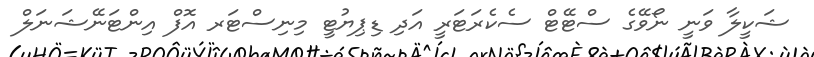
ޝަކީލާ ވަނީ ނޯވޭގެ ސްޓޭޓް ސެކެރަޓަރީ އަދި ޑިޕިޔުޓީ މިނިސްޓަރ އޮފް އިންޓަނޭޝަނަލް